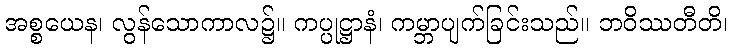
အစ္စယေန၊ လွန်သောကာလ၌။ ကပ္ပုဋ္ဌာနံ၊ ကမ္ဘာပျက်ခြင်းသည်။ ဘဝိဿတီတိ၊